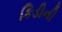
કિડીની